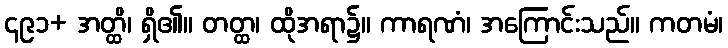
၄၉၁+ အတ္ထိ၊ ရှိ၏။ တတ္ထ၊ ထိုအရာ၌။ ကာရဏံ၊ အကြောင်းသည်။ ကတမံ၊